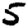
Digit: 5